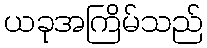
ယခုအကြိမ်သည်